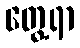
တွေ့ရာ